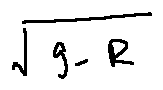
\sqrt { g - R }